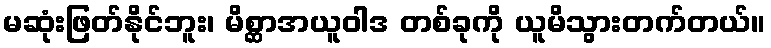
မဆုံးဖြတ်နိုင်ဘူး၊ မိစ္ဆာအယူဝါဒ တစ်ခုကို ယူမိသွားတက်တယ်။